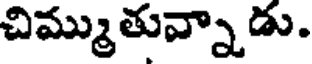
చిమ్ముతున్నాడు.